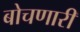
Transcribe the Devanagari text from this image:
बोचणारी